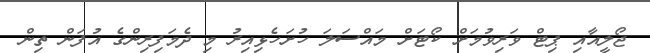
ޖޯލީއާއި ޕިޓް ވަރިވުމަށް ކޯޓަށް މައްސަލަ ހުށަހެޅިއިރު މި ދެމަފިިރިންގެ އުފަން ތިން